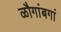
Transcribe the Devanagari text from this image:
ळौगांबगां